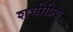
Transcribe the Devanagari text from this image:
शचीप्रिय